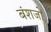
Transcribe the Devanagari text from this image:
बंशजों